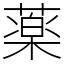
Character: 薬